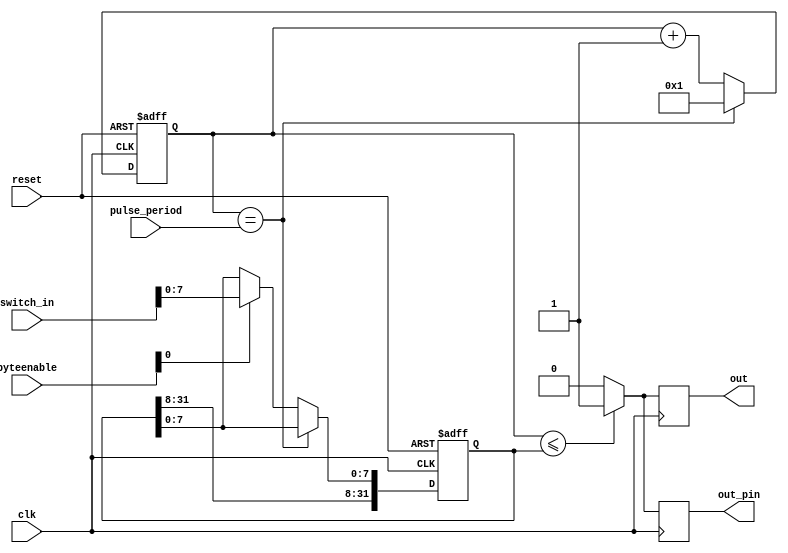
module PWM_core #(parameter n = 32, parameter m = 4)( 
input reset, clk,
input [n-1:0] switch_in,
input [n:0] pulse_period,
input [m-1:0] byteenable,
 output reg out, out_pin
);


reg [n-1:0] duty_cycle, counter;

//It runs on the edge to increase accuracy.
always@(posedge clk or negedge reset)
begin
	
	//if reset button is pressed
   if(~reset) 
   begin
		counter <= 32'b1; 
		duty_cycle <= 32'b0;
	end
	
	//when LED should be high
	else if(counter == pulse_period)
	begin
		counter <= 32'b1;
	end
	
	//increment counter and set LED to level of dimness
	else 
	begin
		counter <= counter + 1'b1;
		if(byteenable[0]) duty_cycle[7:0] <= switch_in[7:0];
	end
	
end 

//It runs on the edge to increase accuracy.
always@(posedge clk)
begin
	//set LED to high and sent output to pin
	if(counter <= duty_cycle)
	begin
		out = 1'b1;
		out_pin = 1'b1;
	end
	//set LED to low and send output to pin
	else 
	begin
		out = 1'b0;
		out_pin = 1'b0;
	end
		
end
endmodule